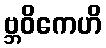
ဗ္ဘဝိကေဟိ